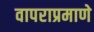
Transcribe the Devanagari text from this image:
वापराप्रमाणे